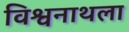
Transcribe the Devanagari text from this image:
विश्वनाथला